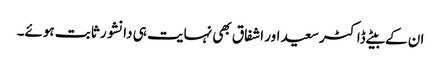
ان کے بیٹے ڈاکٹرسعید اور اشفاق بھی نہایت ہی دانشور ثابت ہوئے۔